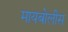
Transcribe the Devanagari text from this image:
मायबोलीस